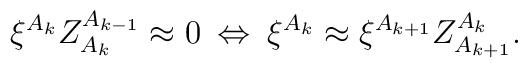
\xi^{A_{k}}Z^{A_{k-1}}_{A_{k}} \approx 0 \: \Leftrightarrow \:\xi^{A_{k}} \approx\xi^{A_{k+1}}Z^{A_{k}}_{A_{k+1}}.